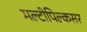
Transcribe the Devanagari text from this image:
मल्टीपिल्कसर